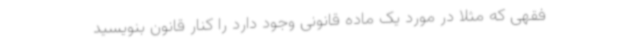
فقهی که مثلا در مورد یک ماده قانونی وجود دارد را کنار قانون بنویسید